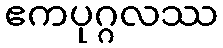
ဧကပုဂ္ဂလဿ